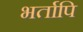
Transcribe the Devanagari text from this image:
भर्तापि